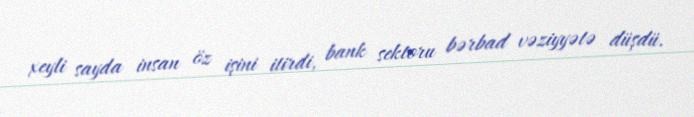
xeyli sayda insan öz işini itirdi, bank sektoru bərbad vəziyyətə düşdü.